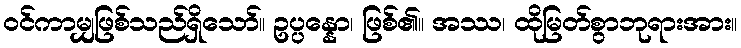
ဝင်ကာမျှဖြစ်သည်ရှိသော်။ ဥပ္ပန္နော၊ ဖြစ်၏။ အဿ၊ ထိုမြတ်စွာဘုရားအား။